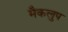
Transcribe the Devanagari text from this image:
मैकलुप